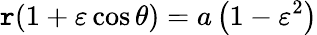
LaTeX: \mathtt{r}(1+\varepsilon\cos\theta)=a\left(1-\varepsilon^{2}\right)